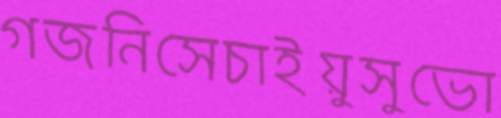
গজনিসেচাইয়ুসুভো